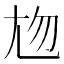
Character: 𡯖